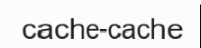
cache-cache